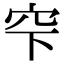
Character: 𥤲